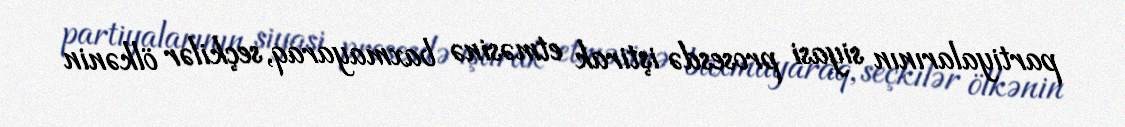
partiyalarının siyasi prosesdə iştirak etməsinə baxmayaraq, seçkilər ölkənin